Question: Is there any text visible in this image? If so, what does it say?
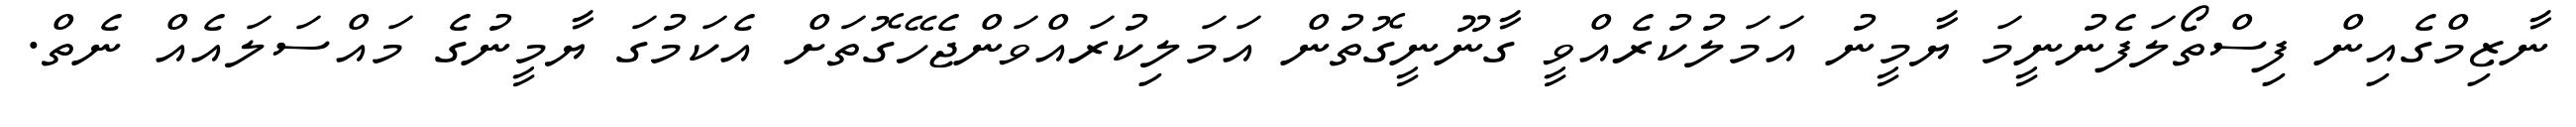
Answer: ނާޒިމްގެއިން ފިސްތޯލަފެނުނީމަ ޔާމީނު އަމަލުކުރެއްވީ ގާނޫނީގޮތުން އަމަލިކުރައްވަންޖެހޭގޮތަށް އެކަމުގަ ޔާމީނުގެ މައްސަލައެއް ނެތް.